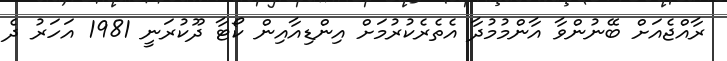
ރާއްޖެއަށް ބޭނުންވާ އާންމުމުދާ އެތެރެކުރުމަށް އިންޑިއާއިން ކޯޓާ ދޫކުރަނީ 1981 އަހަރު ދެ